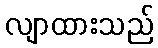
လျာထားသည်